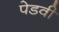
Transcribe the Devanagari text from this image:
पेडवी